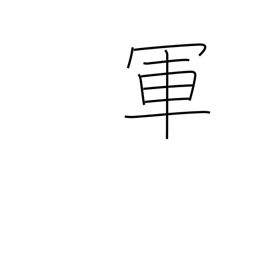
Meaning: battle